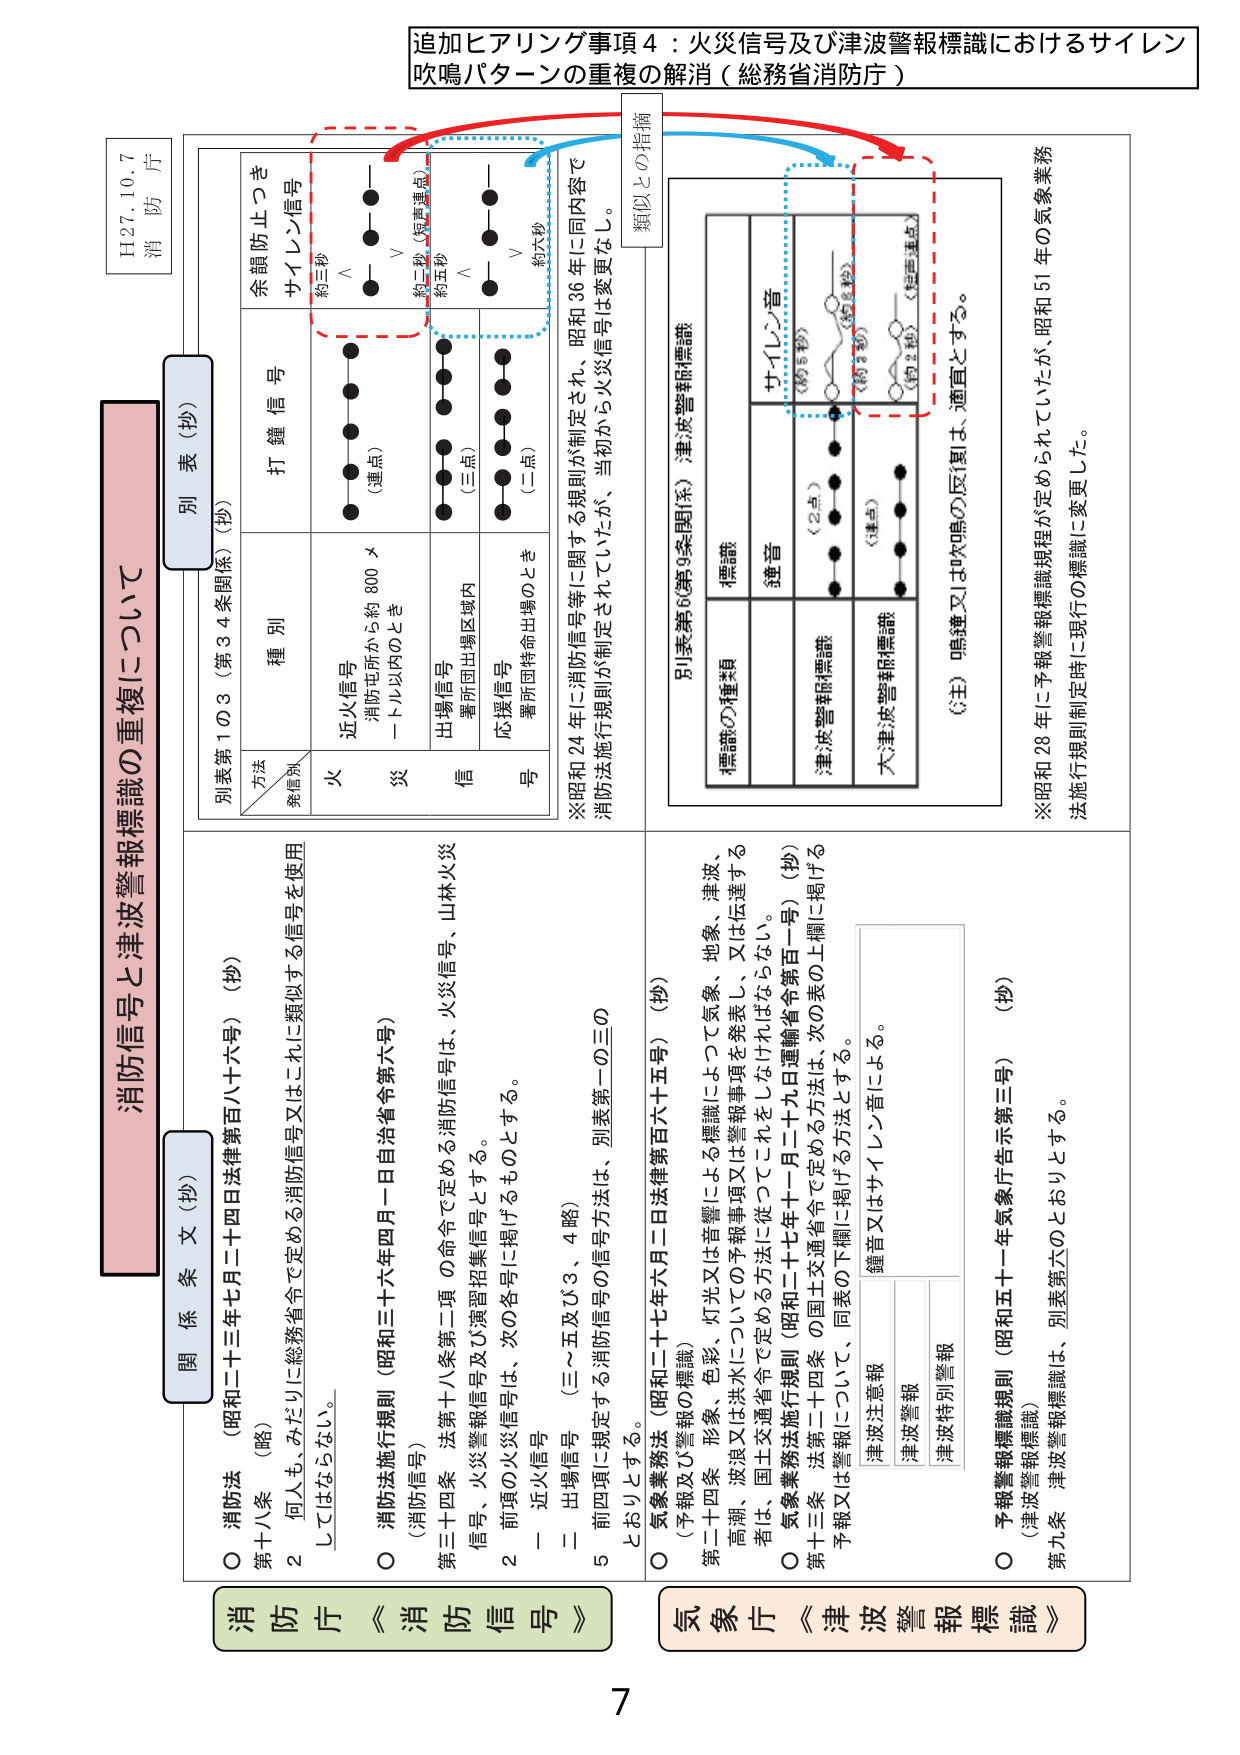
追加ヒアリング事項４：火災信号及び津波警報標識におけるサイレン吹鳴パターンの重複の解消（総務省消防庁）

H27.10.7
消防庁

消防信号と津波警報標識の重複について

関係条文（抄）

○ 消防法（昭和二十三年七月二十四日法律第百八十六号）（抄）
第十八条（略）
2 何人も、みだりに総務省令で定める消防信号又はこれに類似する信号を使用してはならない。

○ 消防法施行規則（昭和三十六年四月一日自治省令第六号）
第三十四条 法第十八条第二項の命令で定める消防信号は、火災信号、山林火災信号、火災警報信号及び演習招集信号とする。
2 前項の火災信号は、次の各号に掲げるものとする。
一 近火信号
二 出場信号（三～五及び3、4略）
5 前四項に規定する消防信号の信号方法は、別表第一の三のとおりとする。

○ 気象業務法（昭和二十七年六月二日法律第百六十五号）（抄）
（予報及び警報の標識）
第二十四条 形象、色彩、灯光又は音響によつて気象、地象、津波、高潮、波浪又は洪水についての予報事項又は警報事項を発表し、又は伝達する者は、国土交通省令で定める方法に従つてこれをしなければならない。
○ 気象業務法施行規則（昭和二十七年十一月二十九日運輸省令第百一号）（抄）
第十三条 法第二十四条の国土交通省令で定める方法は、次の表の上欄に掲げる予報又は警報について、同表の下欄に掲げる方法とする。
津波注意報 鐘音又はサイレン音による。
津波警報
津波特別警報

○ 予報警報標識規則（昭和五十一年気象庁告示第三号）（抄）
（津波警報標識）
第九条 津波警報標識は、別表第六のとおりとする。

別表（抄）

別表第1の3（第34条関係）（抄）

方法／種別
火災
近火信号
消防屯所から約800メートル以内のとき
打鐘信号
（連点）
余韻防止つき
サイレン信号
約三秒
∨
約二秒（短音連点）
約五秒
∨
約六秒

出場信号
署所団出場区域内
（三点）

応援信号
署所団待命出場のとき
（二点）

※昭和24年に消防信号等に関する規則が制定され、昭和36年に同内容で消防法施行規則が制定されていたが、当初から火災信号は変更なし。

別表第6（第9条関係）津波警報標識

標識の種類
標識
連音
サイレン音
（約5秒）
（約3秒）
（約1秒）
（短音連点）
津波警報標識
（2点）
大津波警報標識
（連点）

（注）鳴鐘又は吹鳴の反復は、適宜とする。

※昭和28年に予報警報標識規程が定められていたが、昭和51年の気象業務法施行規則制定時に現行の標識に変更した。

消防庁《消防信号》
気象庁《津波警報標識》

類似との指摘

7